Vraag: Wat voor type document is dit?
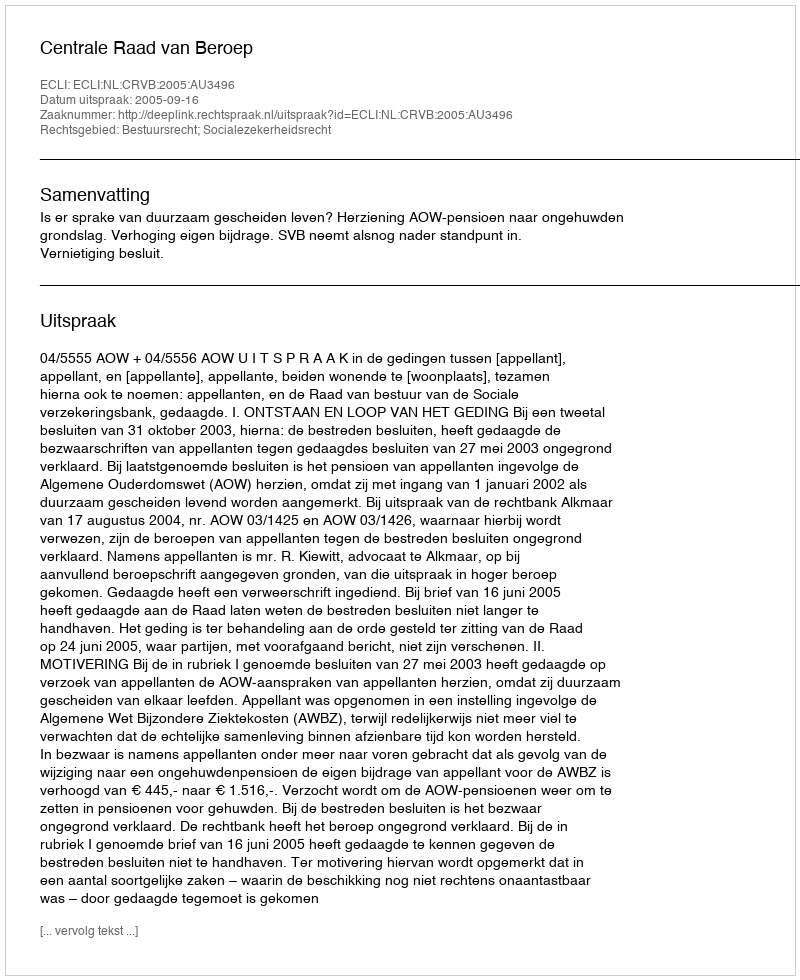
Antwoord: Uitspraak